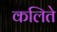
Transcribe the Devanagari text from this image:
कलिते